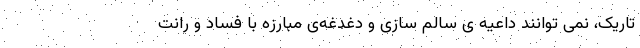
تاریک، نمی توانند داعیه ی سالم سازی و دغدغه‌ی مبارزه با فساد و رانت